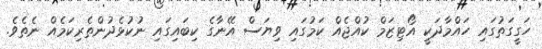
ހަގީގަތުގައި ހައްމާދަކީ އޯޓިޒަމް ކުއްޖެއް ކަމުގައި ވިޔަސް އޭނާގެ ކިބައިގައި ނުކުޅެދުންތެރިކަމެއް ނެތެވެ.